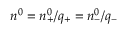
n ^ { 0 } = n _ { + } ^ { 0 } / q _ { + } = n _ { - } ^ { 0 } / q _ { - }